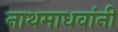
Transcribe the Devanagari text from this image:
नाथमाधवांनी